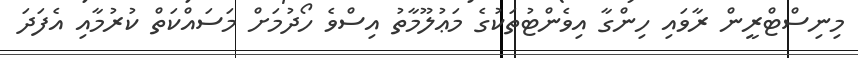
މިނިސްޓްރީން ރާވައި ހިންގާ އިވެންޓުތަކުގެ މަޢުލޫމާތު އިސްވެ ހޯދުމަށް މަސައްކަތް ކުރުމާއި އެފަދަ